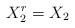
LaTeX: \begin{align*}X_2^r=X_2\end{align*}